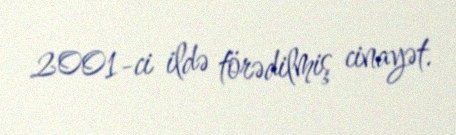
2001-ci ildə törədilmiş cinayət.